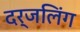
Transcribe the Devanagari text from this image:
दर्जलिंग